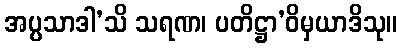
အပ္ပသာဒါ’သိ သရဏ၊ ပတိဋ္ဌာ’ဝိမှယာဒိသု။